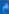
a